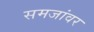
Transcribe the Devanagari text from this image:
समजांवर